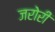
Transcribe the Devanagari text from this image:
जरोरी